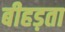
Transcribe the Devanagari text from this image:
बीहड़ता